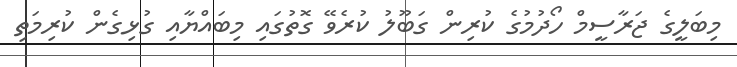
މިބަލީގެ ޖަރާސީމް ހޯދުމުގެ ކުރިން ގަބޫލު ކުރެވޭ ގޮތުގައި މިބައްޔާއި ގުޅިގެން ކުރިމަތި